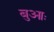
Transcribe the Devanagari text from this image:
बुआः